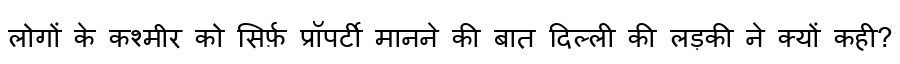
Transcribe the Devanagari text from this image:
लोगों के कश्मीर को सिर्फ़ प्रॉपर्टी मानने की बात दिल्ली की लड़की ने क्यों कही?